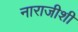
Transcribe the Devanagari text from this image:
नाराजीशी